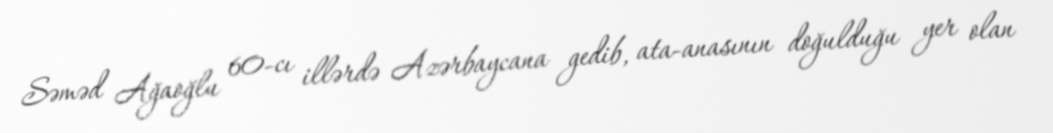
Səməd Ağaoğlu 60-cı illərdə Azərbaycana gedib, ata-anasının doğulduğu yer olan